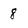
Character: 8